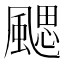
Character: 颸